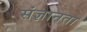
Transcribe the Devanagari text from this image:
संज्ञानता